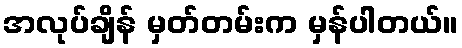
အလုပ်ချိန် မှတ်တမ်းက မှန်ပါတယ်။